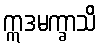
ဣဒမက္ခာသိ